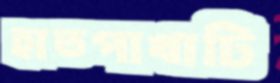
হাতপাখাটি